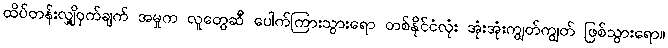
ထိပ်တန်းလျှို့ဝှက်ချက် အမှုက လူတွေဆီ ပေါက်ကြားသွားရော တစ်နိုင်ငံလုံး အုံးအုံးကျွတ်ကျွတ် ဖြစ်သွားရော။